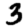
Digit: 3